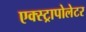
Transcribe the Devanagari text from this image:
एक्स्ट्रापोलेटर